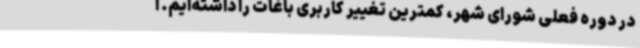
در دوره فعلی شورای شهر، کمترین تغییر کاربری باغات را داشته‌ایم. ا